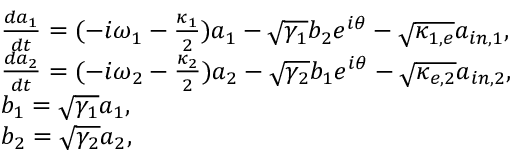
\begin{array} { r l } & { \frac { d a _ { 1 } } { d t } = ( - i \omega _ { 1 } - \frac { \kappa _ { 1 } } { 2 } ) a _ { 1 } - \sqrt { \gamma _ { 1 } } b _ { 2 } e ^ { i \theta } - \sqrt { \kappa _ { 1 , e } } a _ { i n , 1 } , } \\ & { \frac { d a _ { 2 } } { d t } = ( - i \omega _ { 2 } - \frac { \kappa _ { 2 } } { 2 } ) a _ { 2 } - \sqrt { \gamma _ { 2 } } b _ { 1 } e ^ { i \theta } - \sqrt { \kappa _ { e , 2 } } a _ { i n , 2 } , } \\ & { b _ { 1 } = \sqrt { \gamma _ { 1 } } a _ { 1 } , } \\ & { b _ { 2 } = \sqrt { \gamma _ { 2 } } a _ { 2 } , } \end{array}